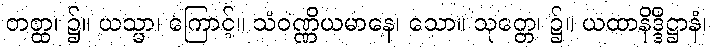
တတ္ထ၊ ၌။ ယသ္မာ၊ ကြောင့်။ သံဝဏ္ဏိယမာနေ၊ သော။ သုတ္တေ၊ ၌။ ယထာနိဒ္ဒိဋ္ဌာနံ၊